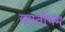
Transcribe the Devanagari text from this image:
यमतीर्थम